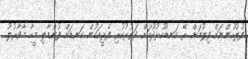
ފުލުހުންނަށް ފިލުމަށް ރޭ ކަނޑުހުޅުދޫއަށް ދަތުރުކުރި ފެރީއަކުން ކަނޑަށް ފުންމާލި މީހާ މާވާރުލު